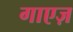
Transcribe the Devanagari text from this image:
गाएज़